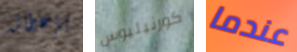
بإعطائه كورنيليوس عندما